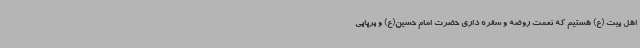
اهل بیت (ع) هستیم که نعمت روضه و سفره داری حضرت امام حسین(ع) و برپایی